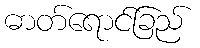
ဓာတ်ရောင်ခြည်